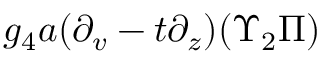
g _ { 4 } a ( \partial _ { v } - t \partial _ { z } ) ( \Upsilon _ { 2 } \Pi )